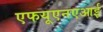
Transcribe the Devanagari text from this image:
एफयूएनएआई